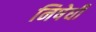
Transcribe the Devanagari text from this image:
निषेधी